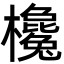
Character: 欃